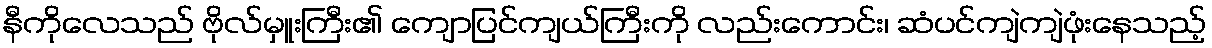
နီကိုလေသည် ဗိုလ်မှူးကြီး၏ ကျောပြင်ကျယ်ကြီးကို လည်းကောင်း၊ ဆံပင်ကျဲကျဲဖုံးနေသည့်